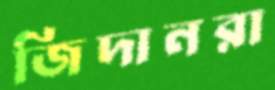
জিদানরা